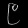
Digit: ၉